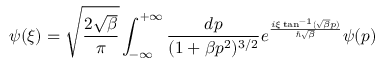
\psi ( { \xi } ) = \sqrt { \frac { 2 \sqrt { \beta } } { \pi } } \int _ { - \infty } ^ { + \infty } \frac { d p } { ( 1 + \beta p ^ { 2 } ) ^ { 3 / 2 } } e ^ { \frac { i { \xi } \tan ^ { - 1 } ( \sqrt { \beta } p ) } { \hbar \sqrt { \beta } } } \psi ( p )